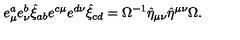
e _ { \mu } ^ { a } e _ { \nu } ^ { b } \hat { \xi } _ { a b } e ^ { c \mu } e ^ { d \nu } \hat { \xi } _ { c d } = \Omega ^ { - 1 } \hat { \eta } _ { \mu \nu } \hat { \eta } ^ { \mu \nu } \Omega .